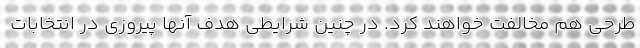
طرحی هم مخالفت خواهند کرد. در چنین شرایطی هدف آنها پیروزی در انتخابات